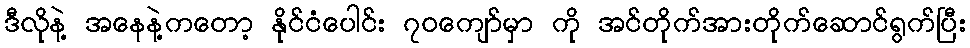
ဒီလိုနဲ့ အနေနဲ့ကတော့ နိုင်ငံပေါင်း ၇၀ကျော်မှာ ကို အင်တိုက်အားတိုက်ဆောင်ရွက်ပြီး